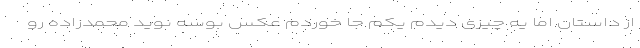
از داستان اما یه چیزی دیدم یکم جا خوردم عکس بوسه نوید محمدزاده رو